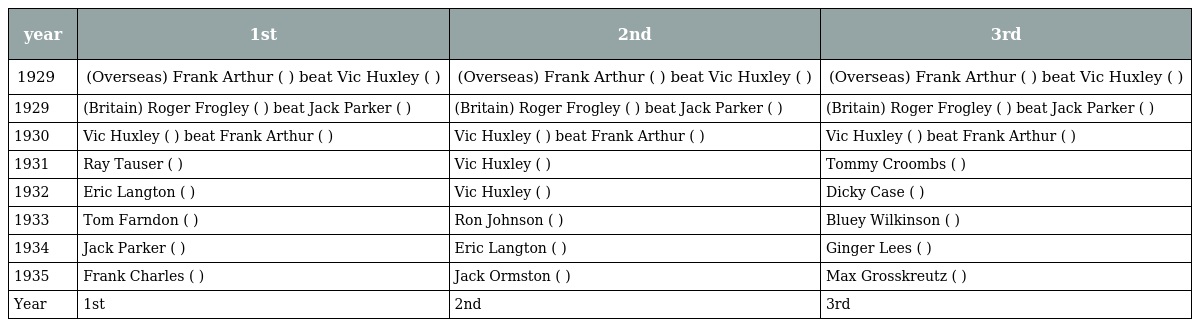
| year | 1st | 2nd | 3rd |
 | --- | --- | --- | --- |
 | 1929 | (Overseas) Frank Arthur ( ) beat Vic Huxley ( ) | (Overseas) Frank Arthur ( ) beat Vic Huxley ( ) | (Overseas) Frank Arthur ( ) beat Vic Huxley ( ) |
 | 1929 | (Britain) Roger Frogley ( ) beat Jack Parker ( ) | (Britain) Roger Frogley ( ) beat Jack Parker ( ) | (Britain) Roger Frogley ( ) beat Jack Parker ( ) |
 | 1930 | Vic Huxley ( ) beat Frank Arthur ( ) | Vic Huxley ( ) beat Frank Arthur ( ) | Vic Huxley ( ) beat Frank Arthur ( ) |
 | 1931 | Ray Tauser ( ) | Vic Huxley ( ) | Tommy Croombs ( ) |
 | 1932 | Eric Langton ( ) | Vic Huxley ( ) | Dicky Case ( ) |
 | 1933 | Tom Farndon ( ) | Ron Johnson ( ) | Bluey Wilkinson ( ) |
 | 1934 | Jack Parker ( ) | Eric Langton ( ) | Ginger Lees ( ) |
 | 1935 | Frank Charles ( ) | Jack Ormston ( ) | Max Grosskreutz ( ) |
 | Year | 1st | 2nd | 3rd |